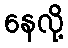
နေလို့